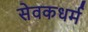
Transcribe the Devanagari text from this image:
सेवकधर्म